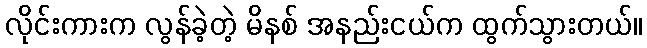
လိုင်းကားက လွန်ခဲ့တဲ့ မိနစ် အနည်းငယ်က ထွက်သွားတယ်။